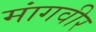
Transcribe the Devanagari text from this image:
मांगवीर